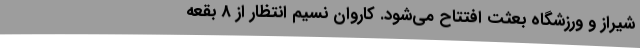
شیراز و ورزشگاه بعثت افتتاح می‌شود. کاروان نسیم انتظار از 8 بقعه